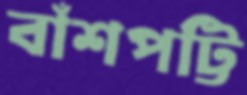
বাঁশপট্টি